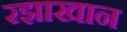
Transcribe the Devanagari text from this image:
रझाखान